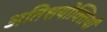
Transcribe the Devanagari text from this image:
अतिशयोक्तियाँ